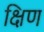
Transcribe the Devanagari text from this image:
क्षिण